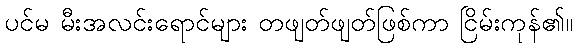
ပင်မ မီးအလင်းရောင်များ တဖျတ်ဖျတ်ဖြစ်ကာ ငြိမ်းကုန်၏။